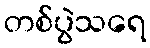
တစ်ပွဲသရေ